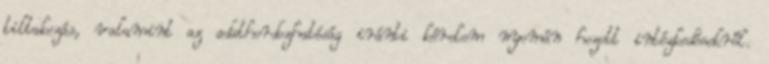
tiltakozás, valamint az adathordozhatóság iránti kérelem nyomán hozott intézkedésekről.